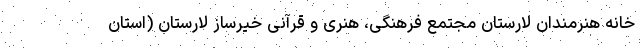
خانه هنرمندان لارستان مجتمع فرهنگی، هنری و قرآنی خیرساز لارستان (استان